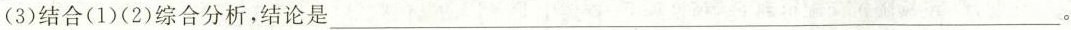
(3)结合(1)(2)综合分析，结论是___。